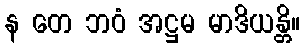
န တေ ဘဝံ အဋ္ဌမ မာဒိယန္တိ။